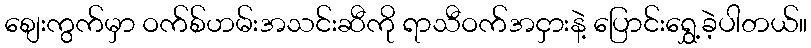
စျေးကွက်မှာ ဝက်စ်ဟမ်းအသင်းဆီကို ရာသီဝက်အငှားနဲ့ ပြောင်းရွှေ့ခဲ့ပါတယ်။